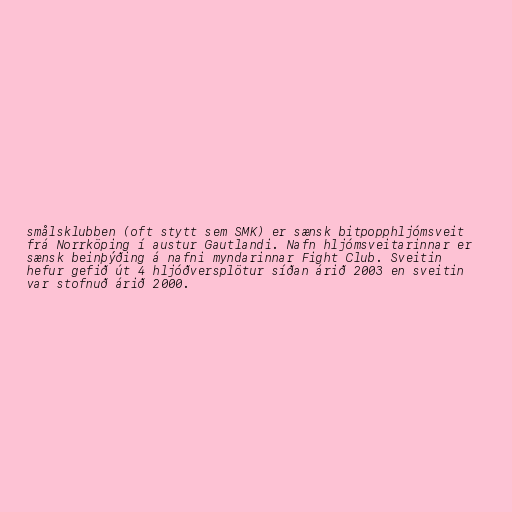
smålsklubben (oft stytt sem SMK) er sænsk bitpopphljómsveit
frá Norrköping í austur Gautlandi. Nafn hljómsveitarinnar er
sænsk beinþýðing á nafni myndarinnar Fight Club. Sveitin
hefur gefið út 4 hljóðversplötur síðan árið 2003 en sveitin
var stofnuð árið 2000.